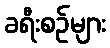
ခရီးစဉ်များ